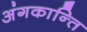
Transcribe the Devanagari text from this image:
अंगकान्ति